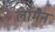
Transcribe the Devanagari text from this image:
लॉमैन